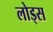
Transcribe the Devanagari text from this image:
लोड्स